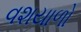
વશયાળો